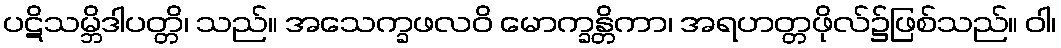
ပဋိသမ္ဘိဒါပတ္တိ၊ သည်။ အသေက္ခဖလဝိ မောက္ခန္တိကာ၊ အရဟတ္တဖိုလ်၌ဖြစ်သည်။ ဝါ၊